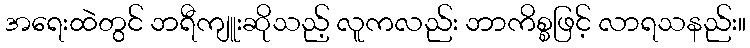
အရေးထဲတွင် ဘရီကျူးဆိုသည့် လူကလည်း ဘာကိစ္စဖြင့် လာရသနည်း။